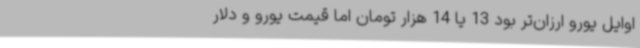
اوایل یورو ارزان‌تر بود 13 یا 14‌ هزار تومان اما قیمت یورو و دلار